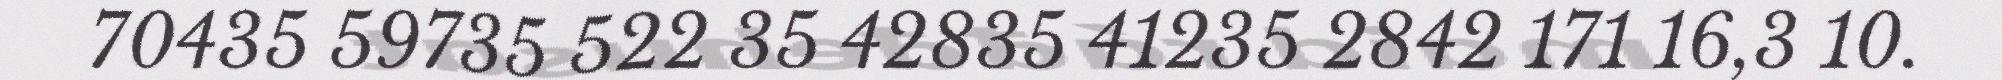
70435 59735 522 35 42835 41235 2842 171 16,3 10.